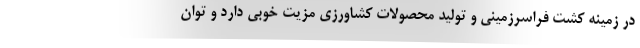
در زمینه کشت فراسرزمینی و تولید محصولات کشاورزی مزیت خوبی دارد و توان